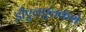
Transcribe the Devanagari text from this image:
डीएलएलकॅशे